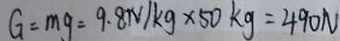
G = m g = 9 . 8 N / k g \times 5 0 k g = 4 9 0 N